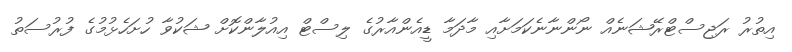
އިތުރު ރަޖިސްޓްރޭޝަނެއް ނޯންނާނެކަމަށާއި މާދަމާ ޑީއެންއާރުގެ ލިސްޓް އިއުލާންކޮށް ޝަކުވާ ހުށަހެޅުމުގެ ފުރުސަތު